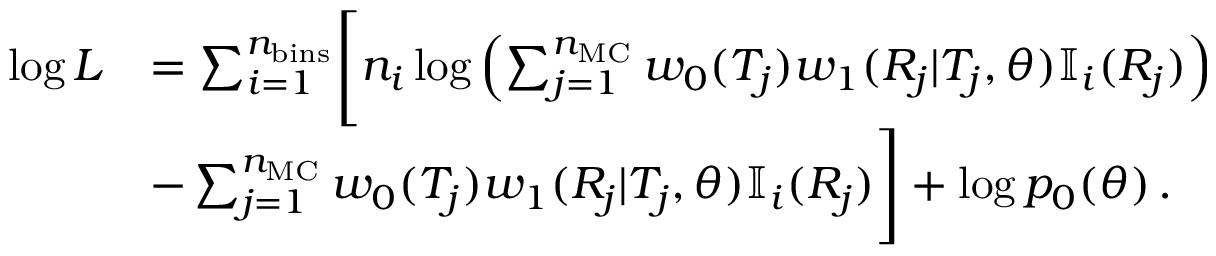
\begin{array} { r l } { \log L } & { = \sum _ { i = 1 } ^ { n _ { \mathrm { b i n s } } } \Biggl [ n _ { i } \log \left( \sum _ { j = 1 } ^ { n _ { \mathrm { M C } } } w _ { 0 } ( T _ { j } ) w _ { 1 } ( R _ { j } | T _ { j } , \theta ) \mathbb { I } _ { i } ( R _ { j } ) \right) } \\ & { - \sum _ { j = 1 } ^ { n _ { \mathrm { M C } } } w _ { 0 } ( T _ { j } ) w _ { 1 } ( R _ { j } | T _ { j } , \theta ) \mathbb { I } _ { i } ( R _ { j } ) \Biggr ] + \log p _ { 0 } ( \theta ) \, . } \end{array}